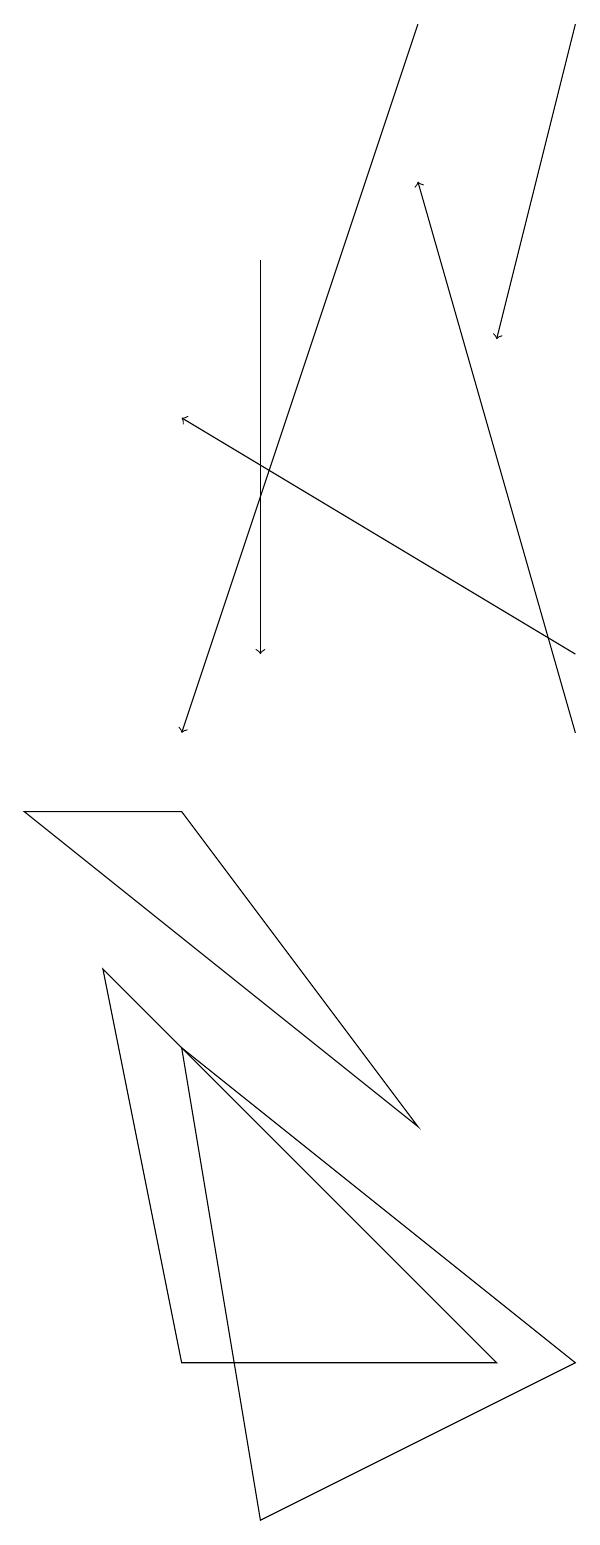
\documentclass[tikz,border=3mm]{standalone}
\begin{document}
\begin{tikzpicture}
\draw[->] (9,11) -- (4,14);
\draw[->] (9,10) -- (7,17);
\draw[->] (5,16) -- (5,11);
\draw (2,9) -- (4,9) -- (7,5) -- cycle;
\draw (8,2) -- (3,7) -- (4,2) -- cycle;
\draw (9,2) -- (4,6) -- (5,0) -- cycle;
\draw[->] (7,19) -- (4,10);
\draw[->] (9,19) -- (8,15);
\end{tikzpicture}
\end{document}